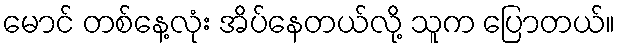
မောင် တစ်နေ့လုံး အိပ်နေတယ်လို့ သူက ပြောတယ်။